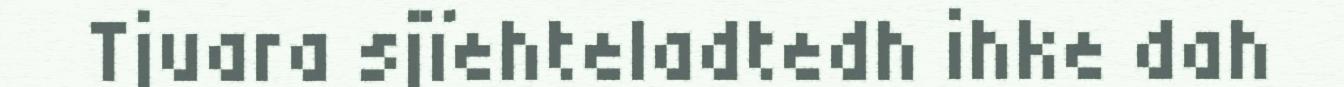
Tjuara sjïehteladtedh ihke dah